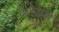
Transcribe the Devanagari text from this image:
दंशेद्गामी